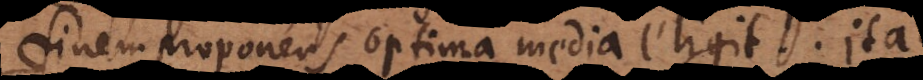
finem proponens optima media eligit. Ita